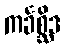
ကင်္ခစ္ဆိဒ